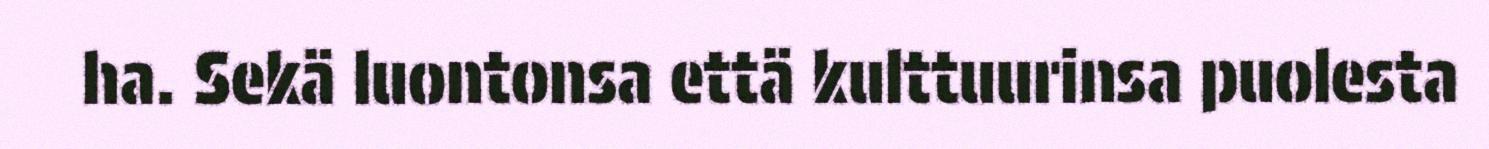
ha. Sekä luontonsa että kulttuurinsa puolesta